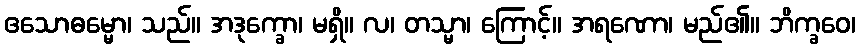
ဧသောဓမ္မော၊ သည်။ အဒုက္ခော၊ မရှိ။ လ၊ တသ္မာ၊ ကြောင့်။ အရဏော၊ မည်၏။ ဘိက္ခဝေ၊